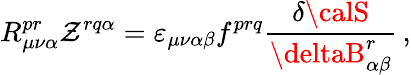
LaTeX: R_{\mu\nu\alpha}^{pr}\mathcal{Z}^{rq\alpha}={\varepsilon}_{\mu\nu\alpha\beta}f^{prq}\frac{{\delta{\calS}}}{{\deltaB_{\alpha\beta}^{r}}}\, ,